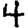
Digit: 4